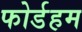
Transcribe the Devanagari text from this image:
फोर्डहम